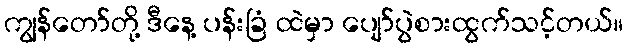
ကျွန်တော်တို့ ဒီနေ့ ပန်းခြံ ထဲမှာ ပျော်ပွဲစားထွက်သင့်တယ်။